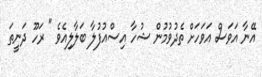
އޭނާ އަވަސް އަވަހަށް ތެދުވުމުން ޝުހާ އިސްއުފުލާ ބަލާލިއެވެ " ރަހޫ ދަނީތަ